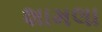
શામલા